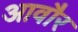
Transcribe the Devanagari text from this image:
आवौर